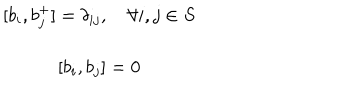
\begin{array} { c } { { [ b _ { i } , b _ { j } ^ { + } ] = \delta _ { i j } , \quad \forall i , j \in S } } \\ { { [ b _ { i } , b _ { j } ] = 0 } } \\ \end{array}